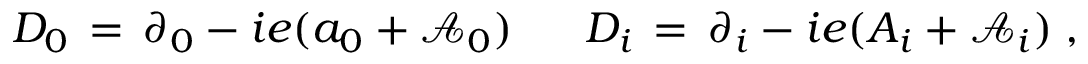
D _ { 0 } \, = \, \partial _ { 0 } - i e ( a _ { 0 } + { \mathcal A } _ { 0 } ) \; \; \; \; \; \; D _ { i } \, = \, \partial _ { i } - i e ( A _ { i } + { \mathcal A } _ { i } ) \; ,